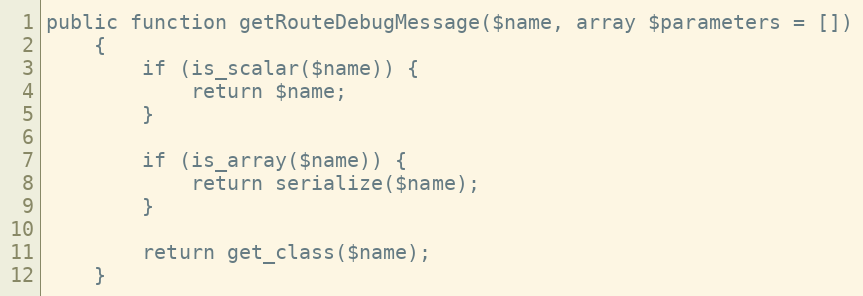
Language: PHP
public function getRouteDebugMessage($name, array $parameters = [])
    {
        if (is_scalar($name)) {
            return $name;
        }

        if (is_array($name)) {
            return serialize($name);
        }

        return get_class($name);
    }